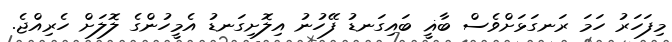
މިފަހަރު ހަމަ ރަނގަޅަށްވެސް ބާޣީ ބައިގަނޑު ފޭހުނު އިލޮށިގަނޑު އެމީހުންގެ ލޮލަށް ހެރިއްޖެ.